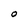
Character: O